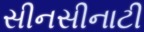
સીનસીનાટી